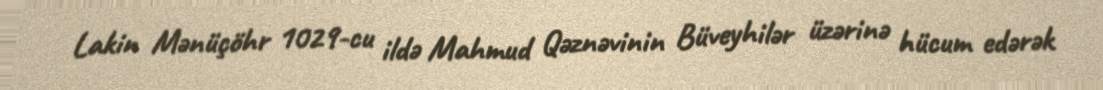
Lakin Mənüçöhr 1029-cu ildə Mahmud Qəznəvinin Büveyhilər üzərinə hücum edərək